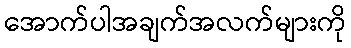
အောက်ပါအချက်အလက်များကို